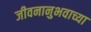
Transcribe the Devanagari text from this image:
जीवनानुभवाच्या